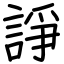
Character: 諍